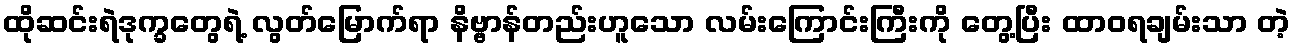
ထိုဆင်းရဲဒုက္ခတွေရဲ့ လွတ်မြောက်ရာ နိဗ္ဗာန်တည်းဟူသော လမ်းကြောင်းကြီးကို တွေ့ပြီး ထာဝရချမ်းသာ တဲ့